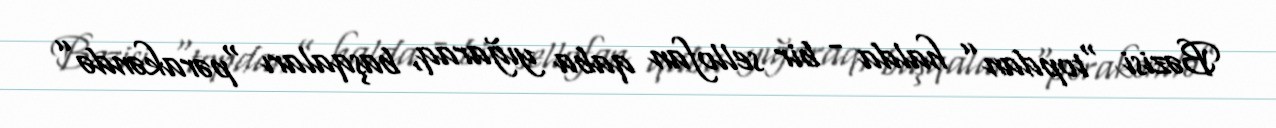
Bəzisi “topdan” halda - bir sellofan qaba yığaraq, başqaları “pərakəndə”